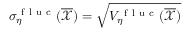
\sigma _ { \eta } ^ { \mathrm { ~ f ~ l ~ u ~ c ~ } } ( \overline { { \mathcal { X } } } ) = \sqrt { V _ { \eta } ^ { \mathrm { ~ f ~ l ~ u ~ c ~ } } ( \overline { { \mathcal { X } } } ) }